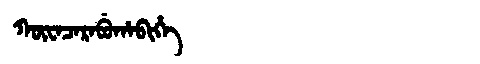
Manchu: ᡴᡡᠸᠠᠴᠠᡵᠠᠪᡠᡥᠠᠪᡳᡥᡝ
Romanization: KŪWACARABUHABIHE